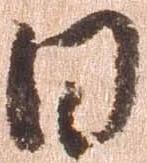
日